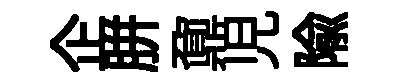
企胼鼐児隃